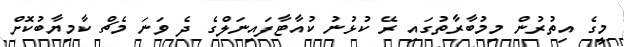
މީގެ އިތުރުން މިމުބާރާތުގައި ރޭ ކުޅުނު ކުއާޓާފައިނަލްގެ ދެ ވަނަ މެޗް ކާމިޔާބުކޮށް